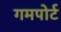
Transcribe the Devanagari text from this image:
गमपोर्ट